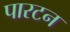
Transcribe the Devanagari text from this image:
पारटन